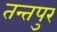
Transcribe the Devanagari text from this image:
तन्तपुर